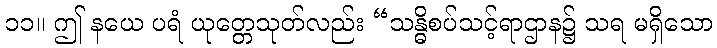
၁၁။ ဤ နယေ ပရံ ယုတ္တေသုတ်လည်း “သန္ဓိစပ်သင့်ရာဌာန၌ သရ မရှိသော